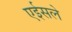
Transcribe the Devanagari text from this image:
एईसले